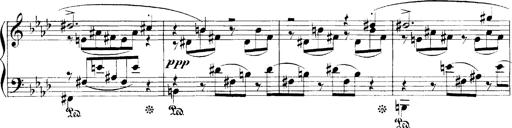
Title: LiebestrÃ¤ume
Composer: Franz Behr
Key: E-flat major